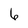
Character: 6